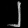
Digit: ၂